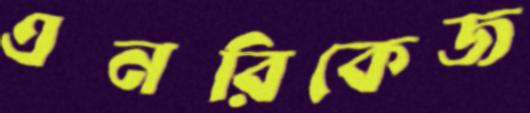
এনরিকেজ